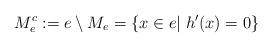
LaTeX: \begin{align*}M_e^c:=e\setminus M_e = \{x \in e| \; h'(x) = 0\}\end{align*}